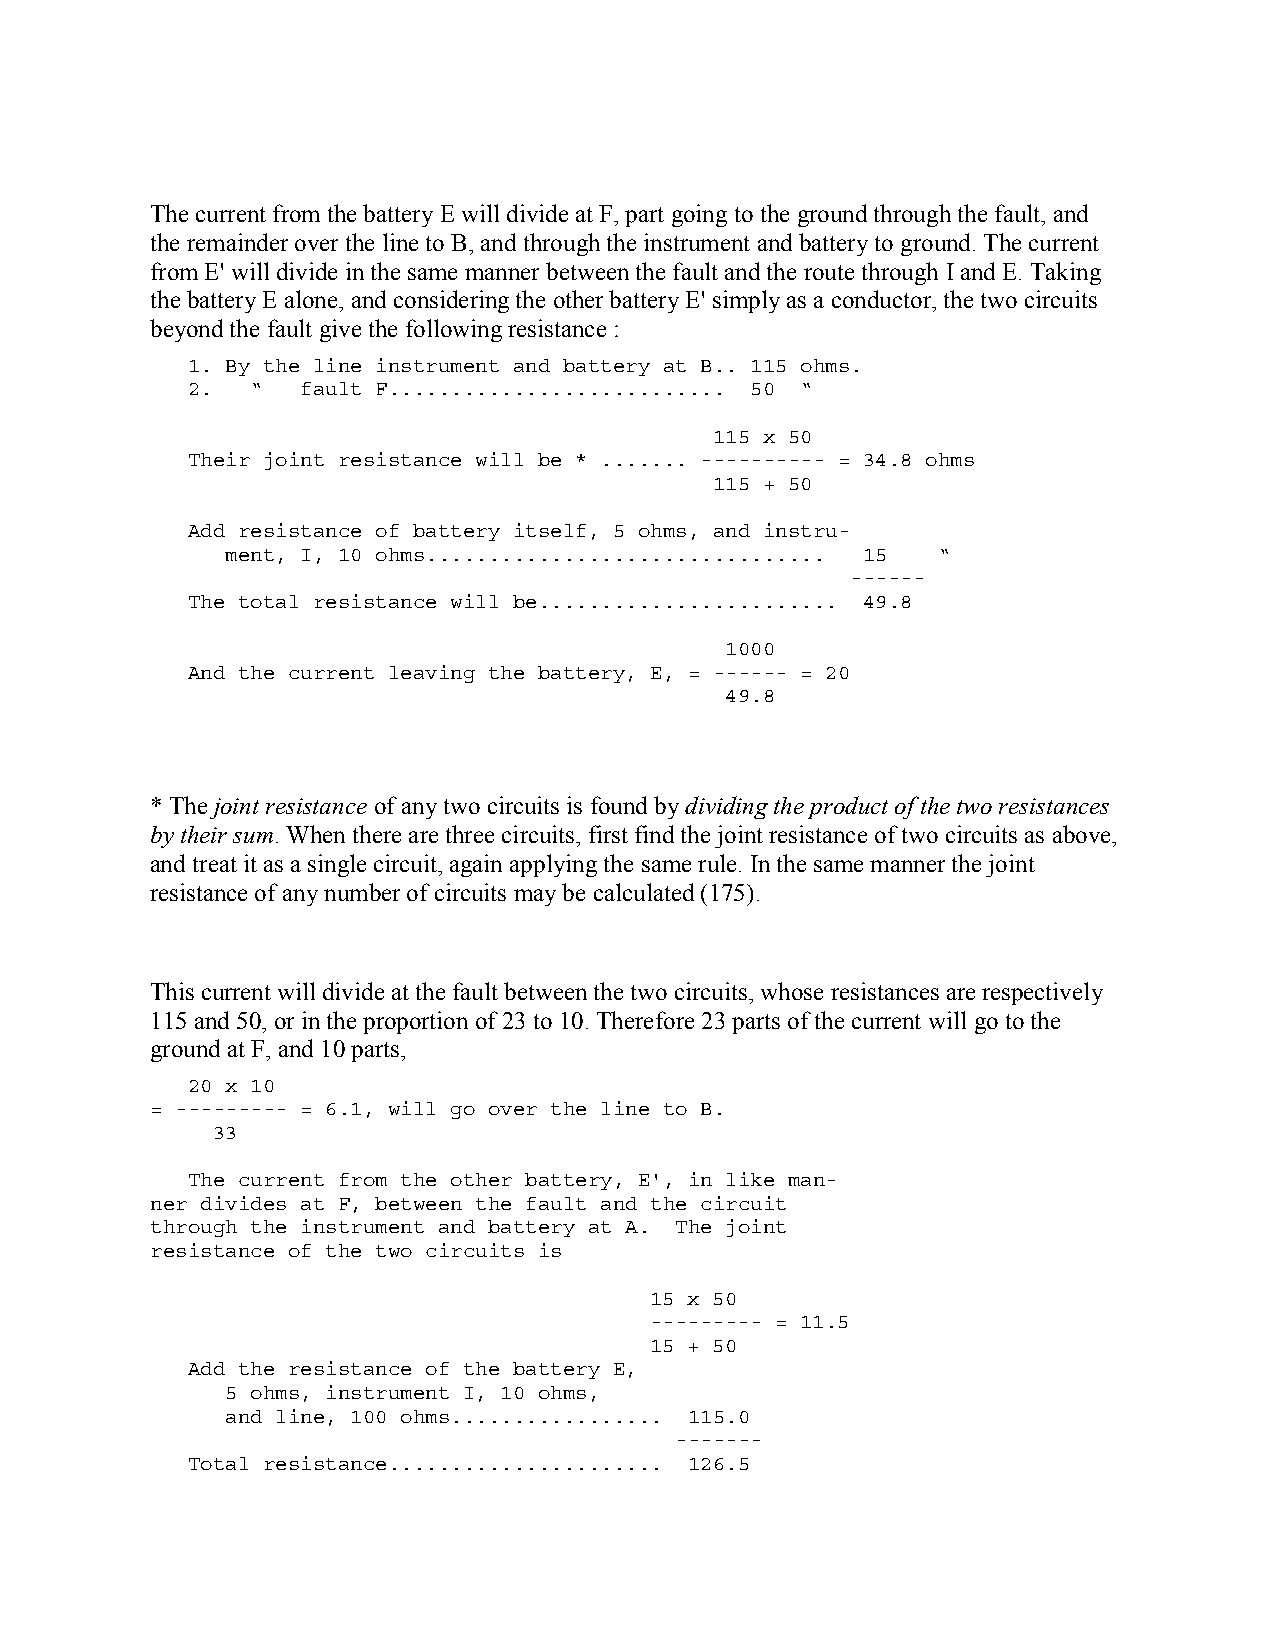
The current from the battery E will divide at F, part going to the ground through the fault, and
 the remainder over the line to B, and through the instrument and battery to ground. The current
 from E' will divide in the same manner between the fault and the route through I and E. Taking
 the battery E alone, and considering the other battery E' simply as a conductor, the two circuits
 beyond the fault give the following resistance :
 1. By the line instrument and battery at B.. 115 ohms.
 2.   “  fault F........................... 50 “
 115 x 50
 Their joint resistance will be * ....... ---------- = 34.8 ohms
 115 + 50
 Add resistance of battery itself, 5 ohms, and instru-
 ment, I, 10 ohms................................ 15 “
 ------
 The total resistance will be........................ 49.8
 1000
 And the current leaving the battery, E, = ------ = 20
 49.8
 * The joint resistance of any two circuits is found by dividing the product of the two resistances
 by their sum. When there are three circuits, first find the joint resistance of two circuits as above,
 and treat it as a single circuit, again applying the same rule. In the same manner the joint
 resistance of any number of circuits may be calculated (175).
 This current will divide at the fault between the two circuits, whose resistances are respectively
 115 and 50, or in the proportion of 23 to 10. Therefore 23 parts of the current will go to the
 ground at F, and 10 parts,
 20 x 10
 = --------- = 6.1, will go over the line to B.
 33
 The current from the other battery, E', in like man-
 ner divides at F, between the fault and the circuit
 through the instrument and battery at A. The joint
 resistance of the two circuits is
 15 x 50
 --------- = 11.5
 15 + 50
 Add the resistance of the battery E,
 5 ohms, instrument I, 10 ohms,
 and line, 100 ohms................. 115.0
 -------
 Total resistance...................... 126.5